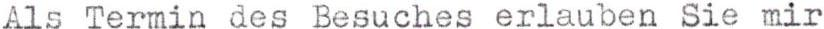
Als Termin des Besuches erlauben Sie mir